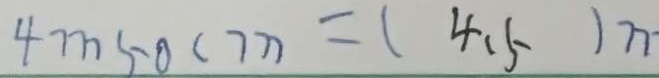
4 m 5 0 ( 7 n = ( 4 , 5 ) n